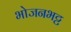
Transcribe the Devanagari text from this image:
भोजनभट्ट